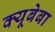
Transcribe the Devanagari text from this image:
क्यूबेबा